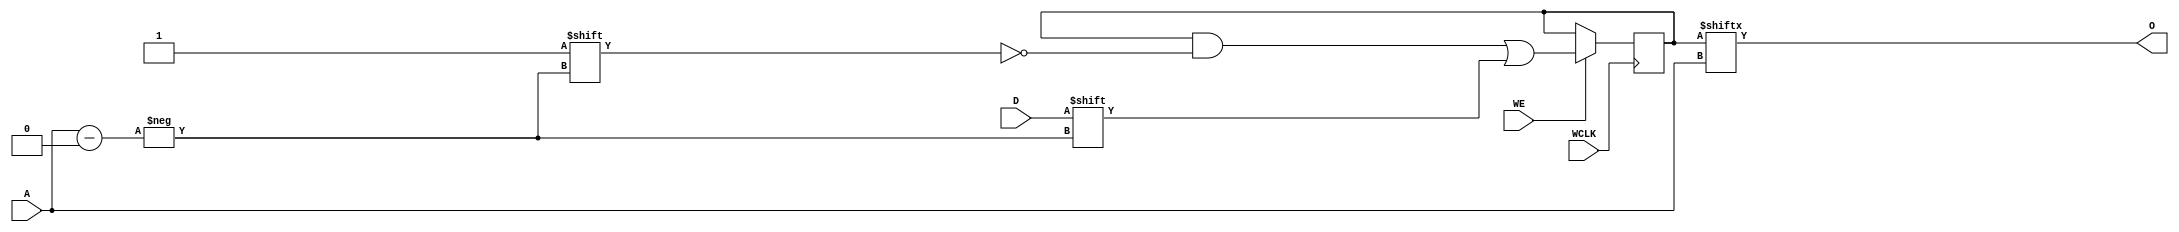
`ifdef verilator3
`else
`timescale 1 ps / 1 ps
`endif
//
// RAM256X1S primitive for Xilinx FPGAs
// Compatible with Verilator tool (www.veripool.org)
// Copyright (c) 2019-2022 Frdric REQUIN
// License : BSD
//

module RAM256X1S
#(
    parameter [255:0] INIT = 256'h0,
    parameter   [0:0] IS_WCLK_INVERTED = 1'b0
)
(
    // Write clock
    input  wire       WCLK,
    // Write enable
    input  wire       WE,
    // Read / Write address
    input  wire [7:0] A,
    // Data in
    input  wire       D,
    // Data out
    output wire       O
);
    // 256 x 1-bit Select RAM
    reg  [255:0] _r_mem;
    
    // Power-up value
    initial begin : INIT_STATE
        _r_mem = INIT;
    end
    
    // Synchronous memory write
    generate
        if (IS_WCLK_INVERTED) begin : GEN_WCLK_NEG
            always @(negedge WCLK) begin : MEM_WRITE
            
                if (WE) begin
                    _r_mem[A] <= D;
                end
            end
        end
        else begin : GEN_WCLK_POS
            always @(posedge WCLK) begin : MEM_WRITE
            
                if (WE) begin
                    _r_mem[A] <= D;
                end
            end
        end
    endgenerate
    
    // Asynchronous memory read
    assign O = _r_mem[A];

endmodule